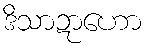
ဒိသာဍာဟော